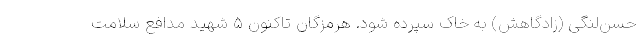
حسن‌لنگی (زادگاهش) به خاک سپرده شود. هرمزگان تاکنون ۵ شهید مدافع سلامت